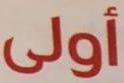
أولى